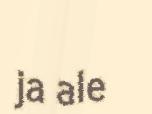
ja ale